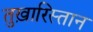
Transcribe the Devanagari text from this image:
तुख़ारिस्तान